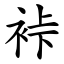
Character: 裃